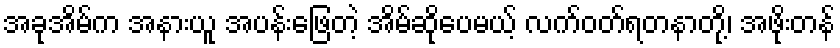
အခုအိမ်က အနားယူ အပန်းဖြေတဲ့ အိမ်ဆိုပေမယ့် လက်ဝတ်ရတနာတို့၊ အဖိုးတန်